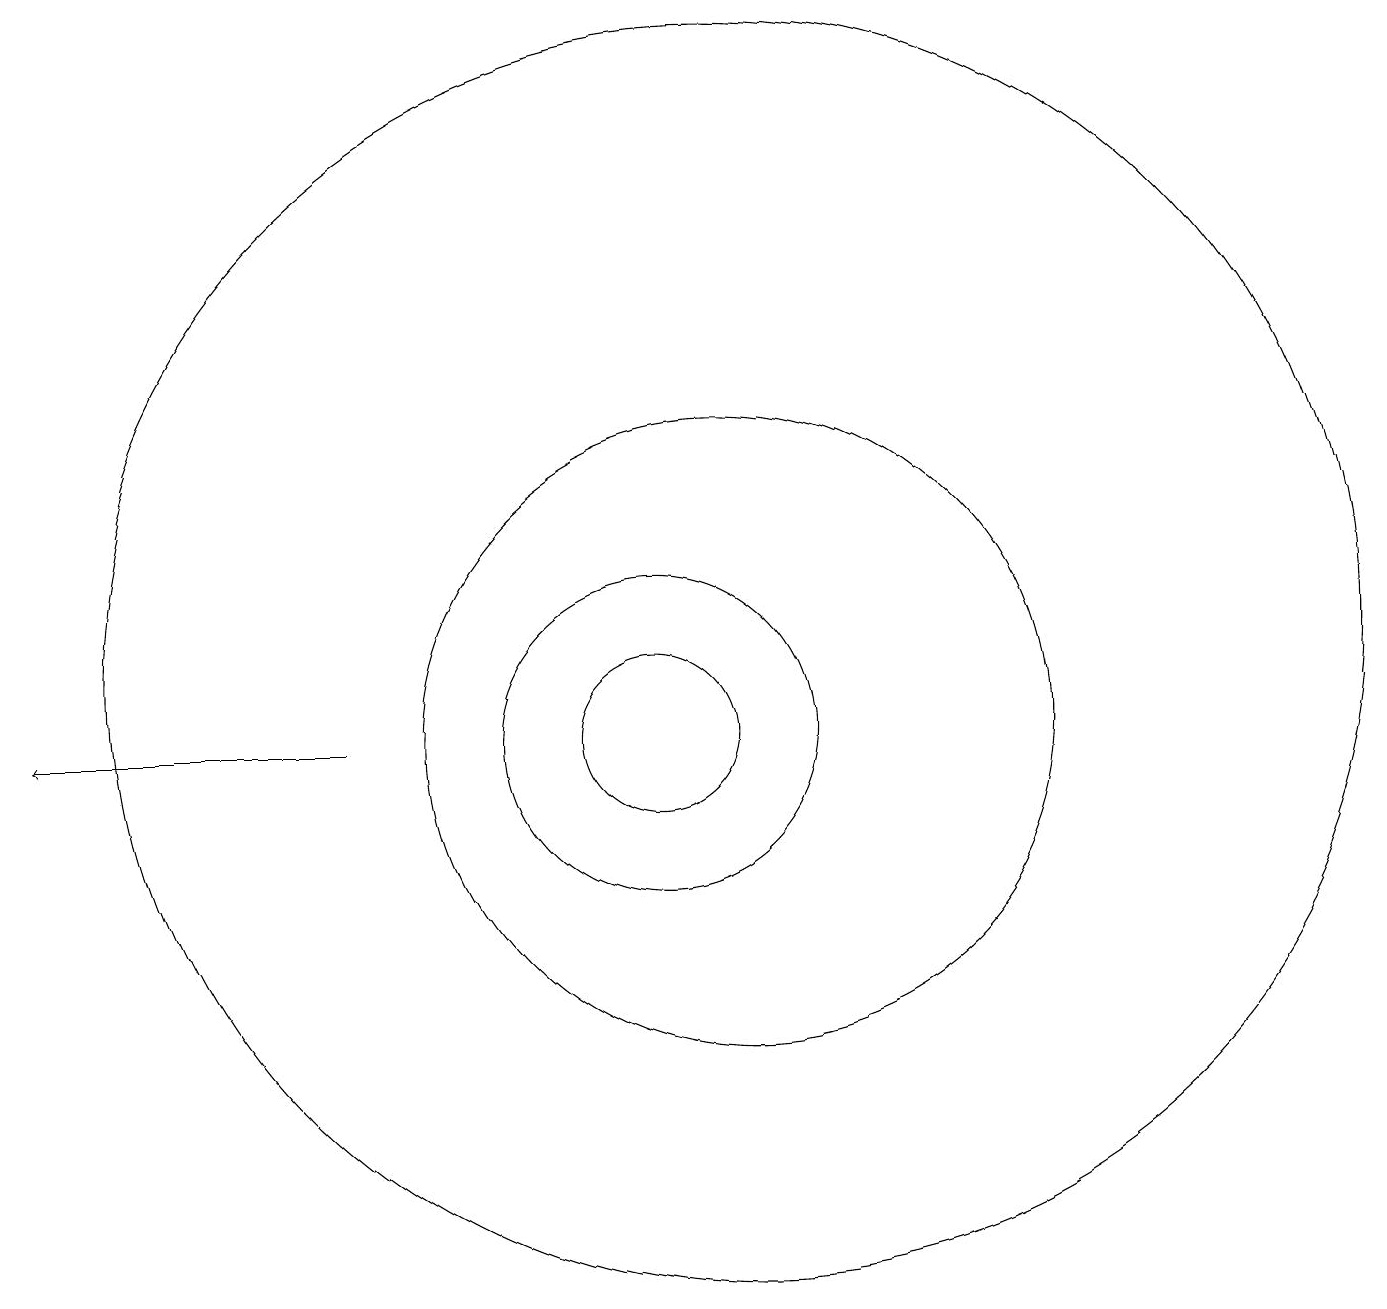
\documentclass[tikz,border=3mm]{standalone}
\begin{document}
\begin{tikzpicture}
\draw (11,11) circle (8);
\draw (11,10) circle (4);
\draw (10,10) circle (2);
\draw[->] (6,10) -- (2,10);
\draw (10,10) circle (1);
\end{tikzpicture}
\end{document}